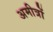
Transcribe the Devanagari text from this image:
अमीत्रों